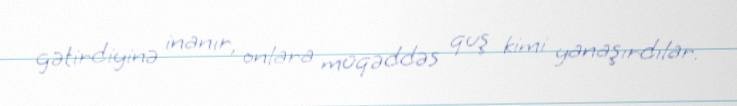
gətirdiyinə inanır, onlara müqəddəs quş kimi yanaşırdılar.